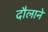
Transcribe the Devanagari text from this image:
दौलाने